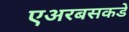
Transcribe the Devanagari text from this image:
एअरबसकडे